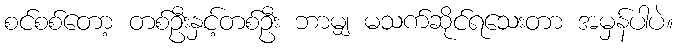
စင်စစ်တော့ တစ်ဦးနှင့်တစ်ဦး ဘာမျှ မသက်ဆိုင်ရသေးတာ အမှန်ပါပဲ။